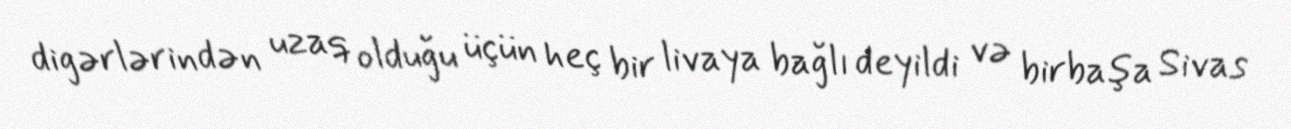
digərlərindən uzaq olduğu üçün heç bir livaya bağlı deyildi və birbaşa Sivas